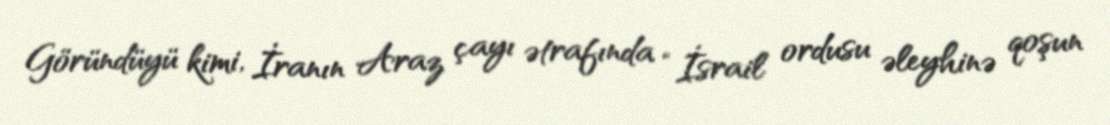
Göründüyü kimi, İranın Araz çayı ətrafında “İsrail ordusu əleyhinə qoşun